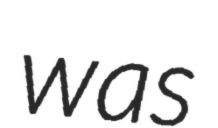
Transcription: was